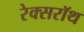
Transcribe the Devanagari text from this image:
रेक्सरॉथ